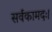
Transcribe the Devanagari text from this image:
सर्वकामदः।